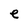
Character: e